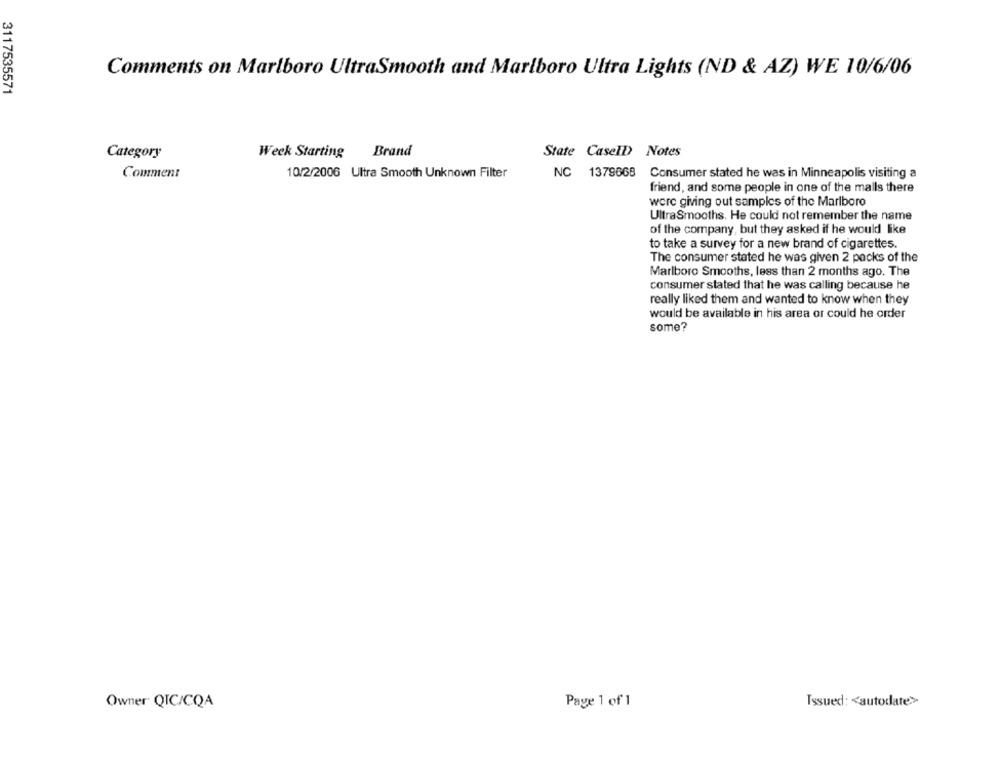
Comments on Marlboro UltraSmooth and Marlboro Ultra Lights (ND & AZ) WE 10/6/06
3117535571
Brand
State Casell Notes
Category
Week Starting
10/2/2006 Ultra Smooth Unknown Filter
NC 1379668 Consumer stated he was in Minneapolis visiting a
Comment
friend, and some people in one of the malls there
were giving out samples of the Marlboro
UltraSmooths. He could not remember the name
of the company, but they asked if he would like
to take a survey for a new brand of cigarettes.
The consumer stated he was given 2 packs of the
Marlboro Smooths, less than 2 months ago. The
consumer stated that he was calling because he
really liked them and wanted to know when they
would be available in his area or could he order
some?
Owner QIC/CQA
Page 1 of 1
Issued: < autodate>